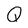
Character: Q